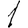
Digit: 1